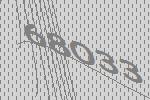
68033